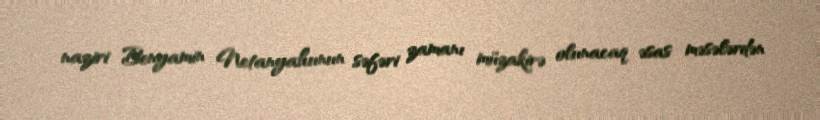
naziri Benyamin Netanyahunun səfəri zamanı müzakirə olunacaq əsas məsələrdən